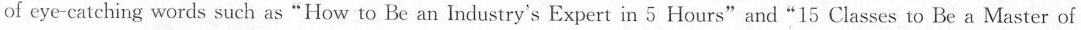
of eye-catching words such as "How to Be an Industry's Expert in 5 Hours"and"15 Classes to Be a Master of